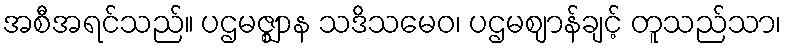
အစီအရင်သည်။ ပဌမဇ္ဈာန သဒိသမေဝ၊ ပဌမဈာန်ချင့် တူသည်သာ၊